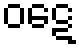
ဝဋေ